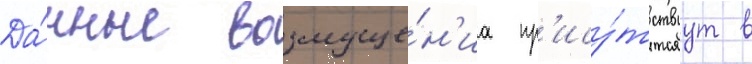
Да́нные возмуще́н'иа пр'ису́тствуут в